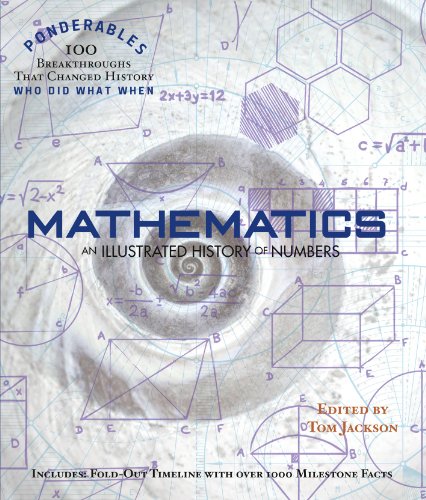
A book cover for Mathematics An Illustrated History of Numbers (100 Ponderables); Science & Math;